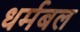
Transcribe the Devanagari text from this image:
धर्मबल